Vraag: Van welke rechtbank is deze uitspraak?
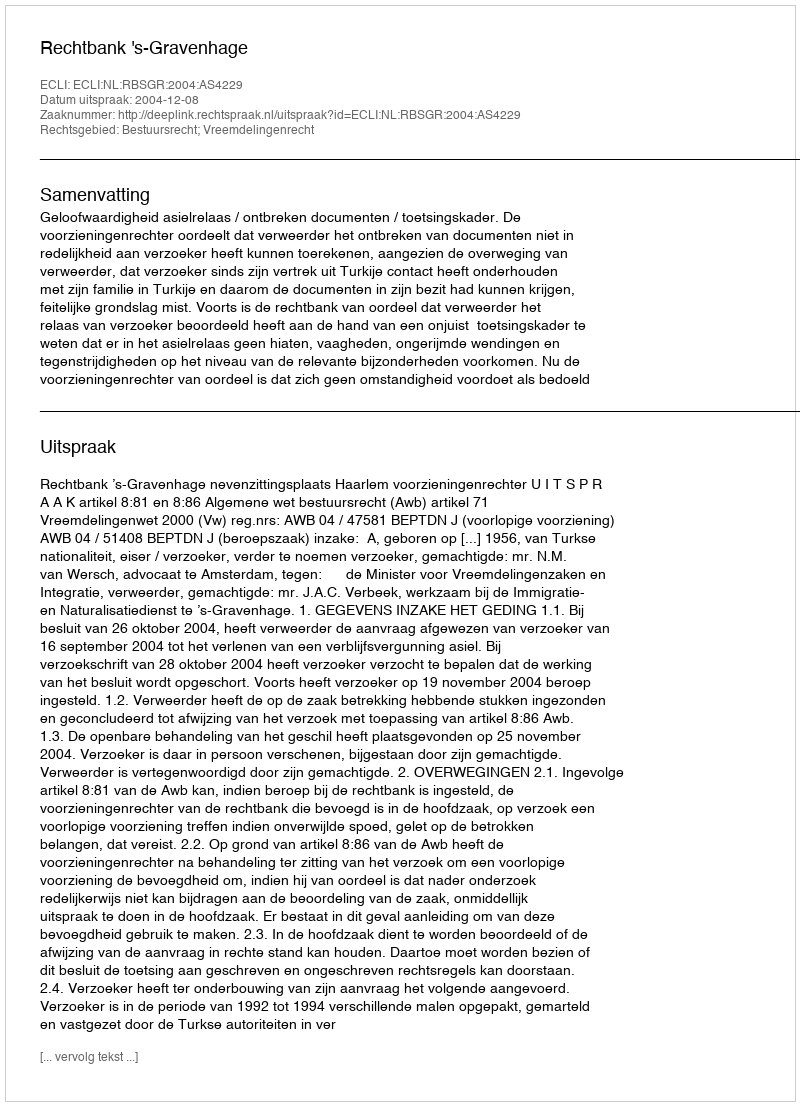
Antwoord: Rechtbank 's-Gravenhage